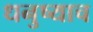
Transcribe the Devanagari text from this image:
धनुष्याच